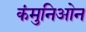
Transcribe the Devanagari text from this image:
कंमुनिओन